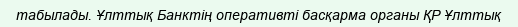
табылады. Ұлттық Банктің оперативті басқарма органы ҚР Ұлттық